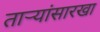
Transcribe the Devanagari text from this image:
तार्‍यांसारखा